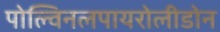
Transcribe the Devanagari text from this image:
पोल्विनलपायरोलीडोन